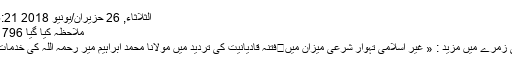
الثلاثاء, 26 حزيران/يونيو 2018 15:21
ملاحظہ کیا گیا 796 بار
اسی زُمرے میں مزید : « غیر اسلامی تہوار شرعی میزان میں	فتنہ قادیانیت کی تردید میں مولانا محمد ابراہیم میر رحمہ اللہ کی خدمات »